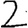
Digit: 2